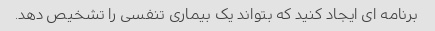
برنامه ای ایجاد کنید که بتواند یک بیماری تنفسی را تشخیص دهد.